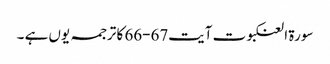
سورۃ العنکبوت آیت67-66 کا ترجمہ یوں ہے ۔